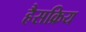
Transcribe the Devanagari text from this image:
हैसक्रिय